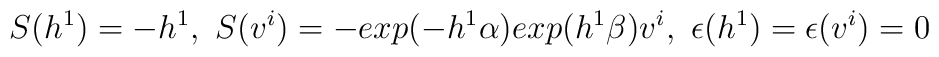
S(h^{1})= - h^{1},\ S(v^{i})=- exp (-h^{1} \alpha ) exp(h^{1} \beta ) v^{i} , \ \epsilon (h^{1}) = \epsilon (v^{i})=0